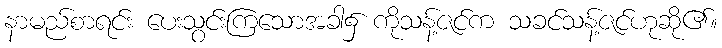
နာမည်စာရင်း ပေးသွင်းကြသောအခါ၌ ကိုသန့်ဇင်က သခင်သန့်ဇင်ဟုဆို၏။